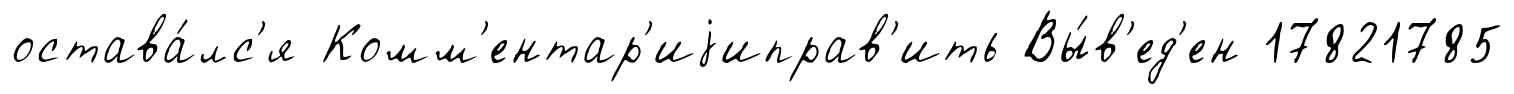
остава́лс'я Комм'ентар'иjиправ'ить Вы́в'ед'ен 17821785